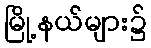
မြို့နယ်များ၌